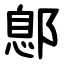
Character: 鄎